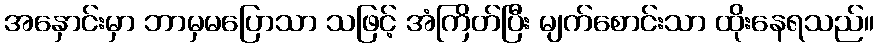
အနှောင်းမှာ ဘာမှမပြောသာ သဖြင့် အံကြိတ်ပြီး မျက်စောင်းသာ ထိုးနေရသည်။